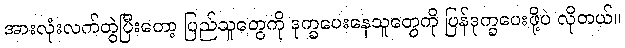
အားလုံးလက်တွဲပြီးတော့ ပြည်သူတွေကို ဒုက္ခပေးနေသူတွေကို ပြန်ဒုက္ခပေးဖို့ပဲ လိုတယ်။